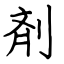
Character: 剤